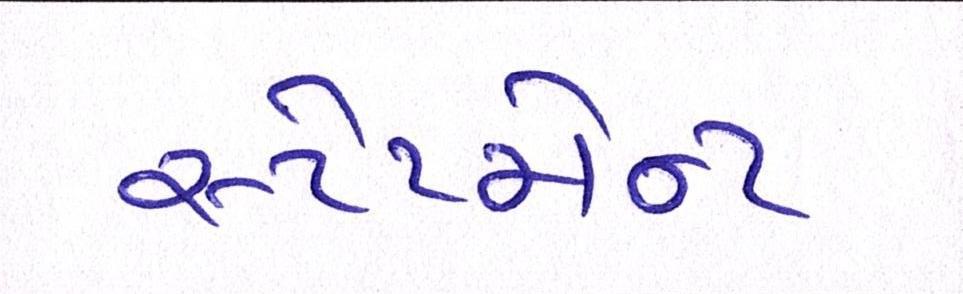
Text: સ્ટેટમેન્ટ